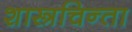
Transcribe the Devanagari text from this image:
शास्त्रचिन्ता